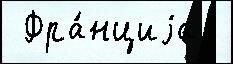
 Фра́нциjа